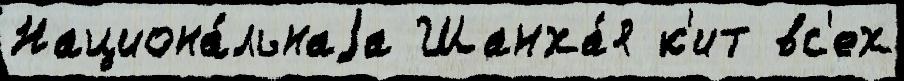
Национа́льнаjа Шанха́я к'ит вс'ех